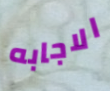
الاجابه